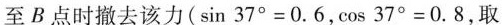
至B点时撤去该力$$(\sin 3 7 ° = 0 . 6 ， \cos 3 7 ° = 0 . 8 ， 取